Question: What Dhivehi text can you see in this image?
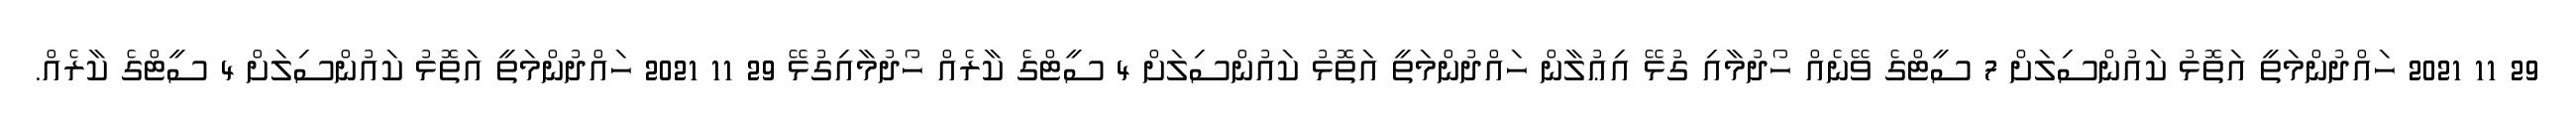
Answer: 29 11 2021 ހައްދުންމަތީ އަތޮޅު ކައުންސިލަށް 7 ސީޓްގެ ވޭނެއް ހޯދުމާއި ގުޅޭ އިޢުލާން ހައްދުންމަތީ އަތޮޅު ކައުންސިލަށް 4 ސީޓްގެ ކާރެއް ހޯދުމާއިގުޅޭ 29 11 2021 ހައްދުންމަތީ އަތޮޅު ކައުންސިލަށް 4 ސީޓްގެ ކާރެއް.